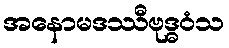
အနောမဒဿီဗုဒ္ဓဝံသ